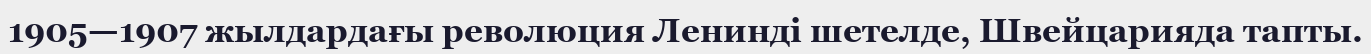
1905—1907 жылдардағы революция Ленинді шетелде, Швейцарияда тапты.